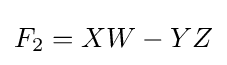
F_{2}=XW-YZ